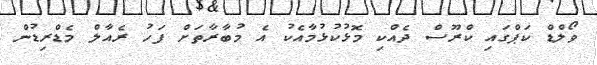
ވޯލްޑް ކަޕްގައި ކްރޫސް ދެއްކި މޮޅުކުޅުމާއެކު އެ މުބާރާތަށް ފަހު ރެއާލް މެޑްރިޑުން